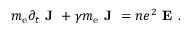
m _ { \mathrm { e } } \partial _ { t } \textbf { J } + \gamma m _ { \mathrm { e } } \textbf { J } = n e ^ { 2 } \textbf { E } .